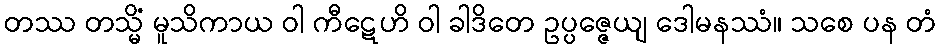
တဿ တသ္မိံ မူသိကာယ ဝါ ကီဋေဟိ ဝါ ခါဒိတေ ဥပ္ပဇ္ဇေယျ ဒေါမနဿံ။ သစေ ပန တံ